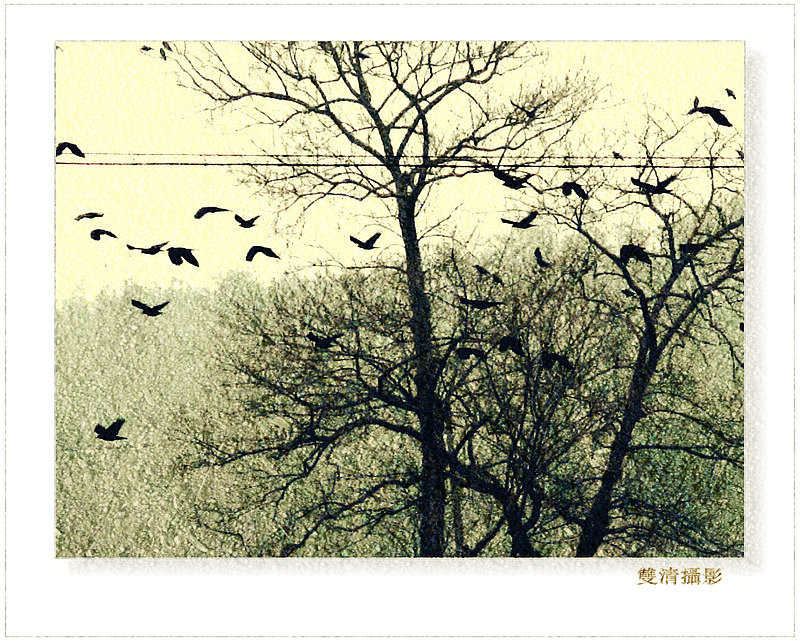
孤村落日残霞，轻烟老树寒鸦，一点飞鸿影下。